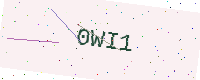
Text: 0WI1